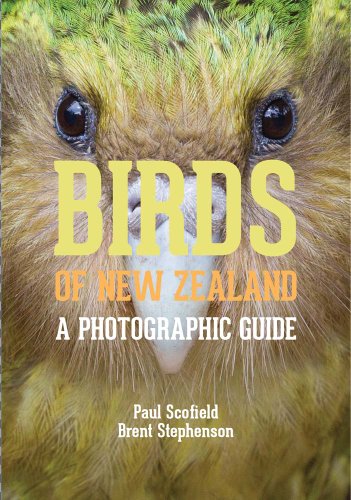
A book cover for Birds of New Zealand: A Photographic Guide; Paul Scofield; Travel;